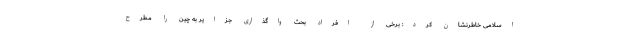
اسلامی خاطرنشان کرد: برخی از افراد بحث واگذاری جزایر به چین را مطرح